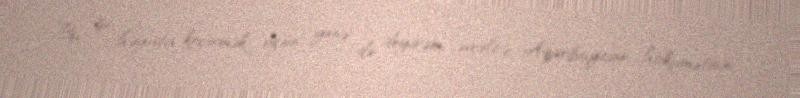
Bu işi həyata keçirmək üçün yenə də deyirəm, əvvəlcə Azərbaycan hökumətinin